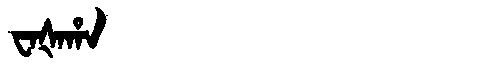
Manchu: ᠸᠠᡧᠠᡥᠠ
Romanization: WAŠAHA